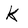
Character: K